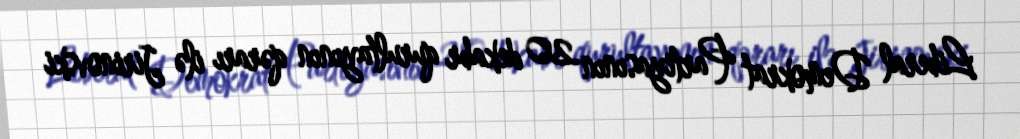
Liberal Demokrat Partiyasının 20 dekabr qurultayının qərarı ilə Jirinovski